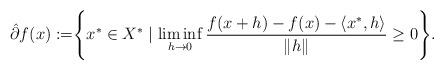
LaTeX: \begin{align*}\hat{\partial} f(x):=& \Bigg\{ x^*\in X^\ast \mid \liminf\limits_{h \to 0} \frac{f(x+h) -f(x) - \langle x^*, h\rangle}{\| h\|} \geq 0 \Bigg\}.\end{align*}